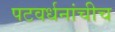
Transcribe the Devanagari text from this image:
पटवर्धनांचीच